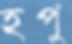
হপু